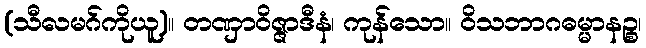
(သီလမဂ်ကိုယူ)။ တဏှာဝိဇ္ဇာဒီနံ၊ ကုန်သော။ ဝိသဘာဂဓမ္မာနဉ္စ၊